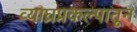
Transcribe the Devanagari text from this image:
व्याघ्रप्रकल्पातून